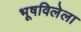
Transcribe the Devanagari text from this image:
भूषविलेला